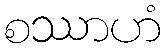
စဿာဟံ